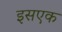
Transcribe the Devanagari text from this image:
इसएक